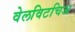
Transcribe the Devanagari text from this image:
वेलविटचिअ